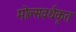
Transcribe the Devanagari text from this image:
मोल्सवर्थकृत